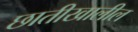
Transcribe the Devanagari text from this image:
छातीखालील